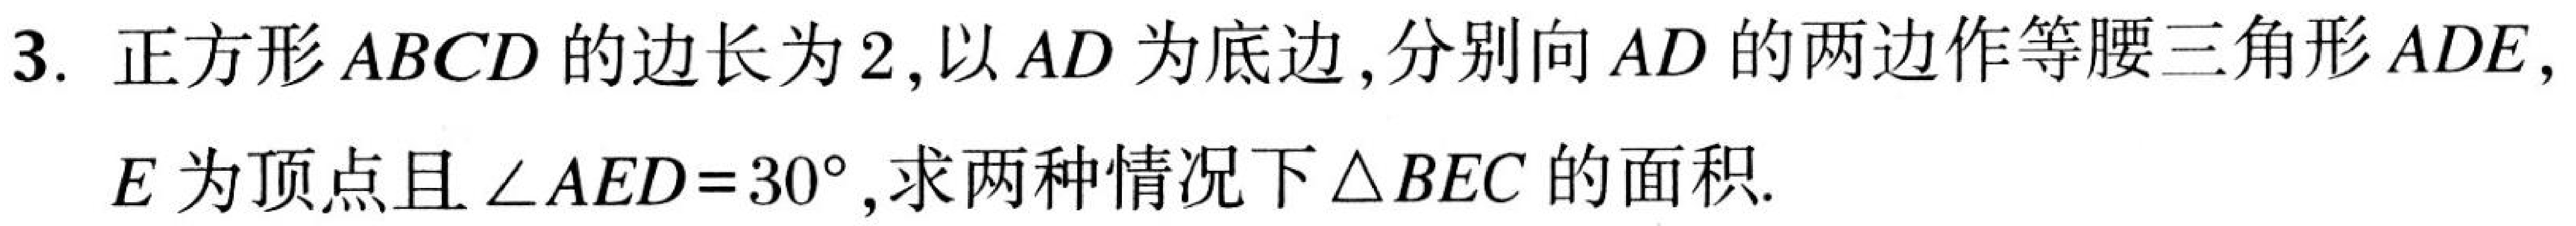
3. 正方形 \(ABCD\) 的边长为 \(2\)，以 \(AD\) 为底边，分别向 \(AD\) 的两边作等腰三角形 \(ADE\)，
\(E\) 为顶点且 \(\angle AED = 30^{\circ}\)，求两种情况下 \(\triangle BEC\) 的面积.